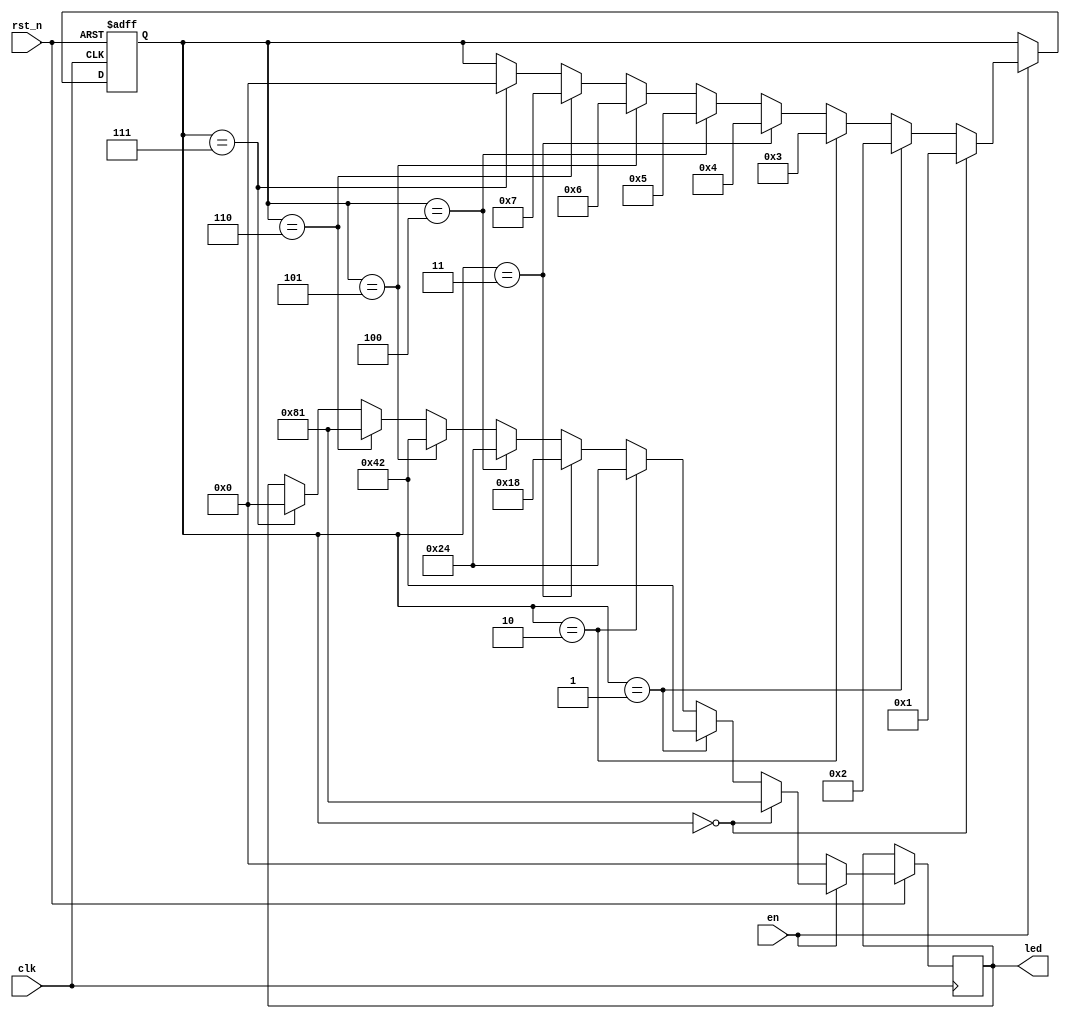
module ledshow(en,clk,rst_n,led);
	input en,clk,rst_n;
	output reg [7:0]led;
	reg [7:0]warfarin;
	always @ (posedge clk or negedge rst_n)
	begin
		if(!rst_n)
		begin
			warfarin<=0;
		end
		else if(en==1)
		begin
			if(warfarin==0)
			begin
				led<=8'b1000_0001;
				warfarin<=1;
			end
			else if(warfarin==1)
			begin
				led<=8'b0100_0010;
				warfarin<=2;
			end
			else if(warfarin==2)
			begin
				led<=8'b0010_0100;
				warfarin<=3;
			end
			else if(warfarin==3)
			begin
				led<=8'b0001_1000;
				warfarin<=4;
			end
			else if(warfarin==4)
			begin
				led<=8'b0010_0100;
				warfarin<=5;
			end
			else if(warfarin==5)
			begin
				led<=8'b0100_0010;
				warfarin<=6;
			end
			else if(warfarin==6)
			begin
				led<=8'b1000_0001;
				warfarin<=7;
			end
			else if(warfarin==7)
			begin
				led<=8'b0000_0000;
				warfarin<=0;
			end
		end
		else if(en==0)
		begin
			led<=8'b0000_0000;
		end
	end
endmodule